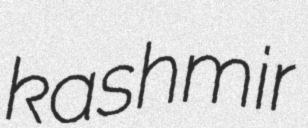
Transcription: kashmir